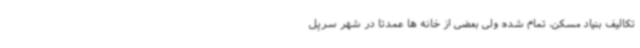
تکالیف بنیاد مسکن، تمام شده ولی بعضی از خانه ها عمدتاً در شهر سرپل